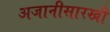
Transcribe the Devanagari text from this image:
अजानीसारखी